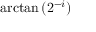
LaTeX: \arctan { ( 2 ^ { - i } ) }